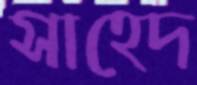
সাহেদ